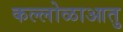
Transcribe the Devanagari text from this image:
कल्लोळाआतु